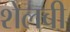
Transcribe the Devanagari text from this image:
शेलबी